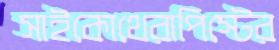
সাইকোথেরাপিস্টের